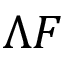
\Lambda F